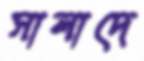
সালাদে